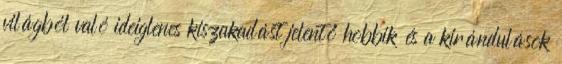
világból való ideiglenes kiszakadást jelentő hobbik és a kirándulások